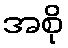
အစို